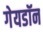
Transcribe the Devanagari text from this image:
गेयडॉन